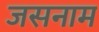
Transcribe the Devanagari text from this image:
जसनाम